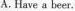
A.Have a beer.